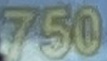
750